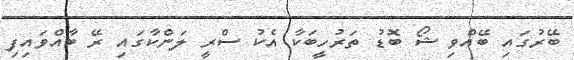
ބޭރުގައި ބޭއްވި ޝޯ ބޮޑު ތަރުހީބަކާ އެކު ސްރީ ލަންކާގައި ރޭ ބާއްވައިފި